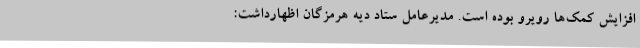
افزایش کمک‌ها رویرو بوده است. مدیرعامل ستاد دیه هرمزگان اظهارداشت: